Haapsalu_Metskond, lk 32
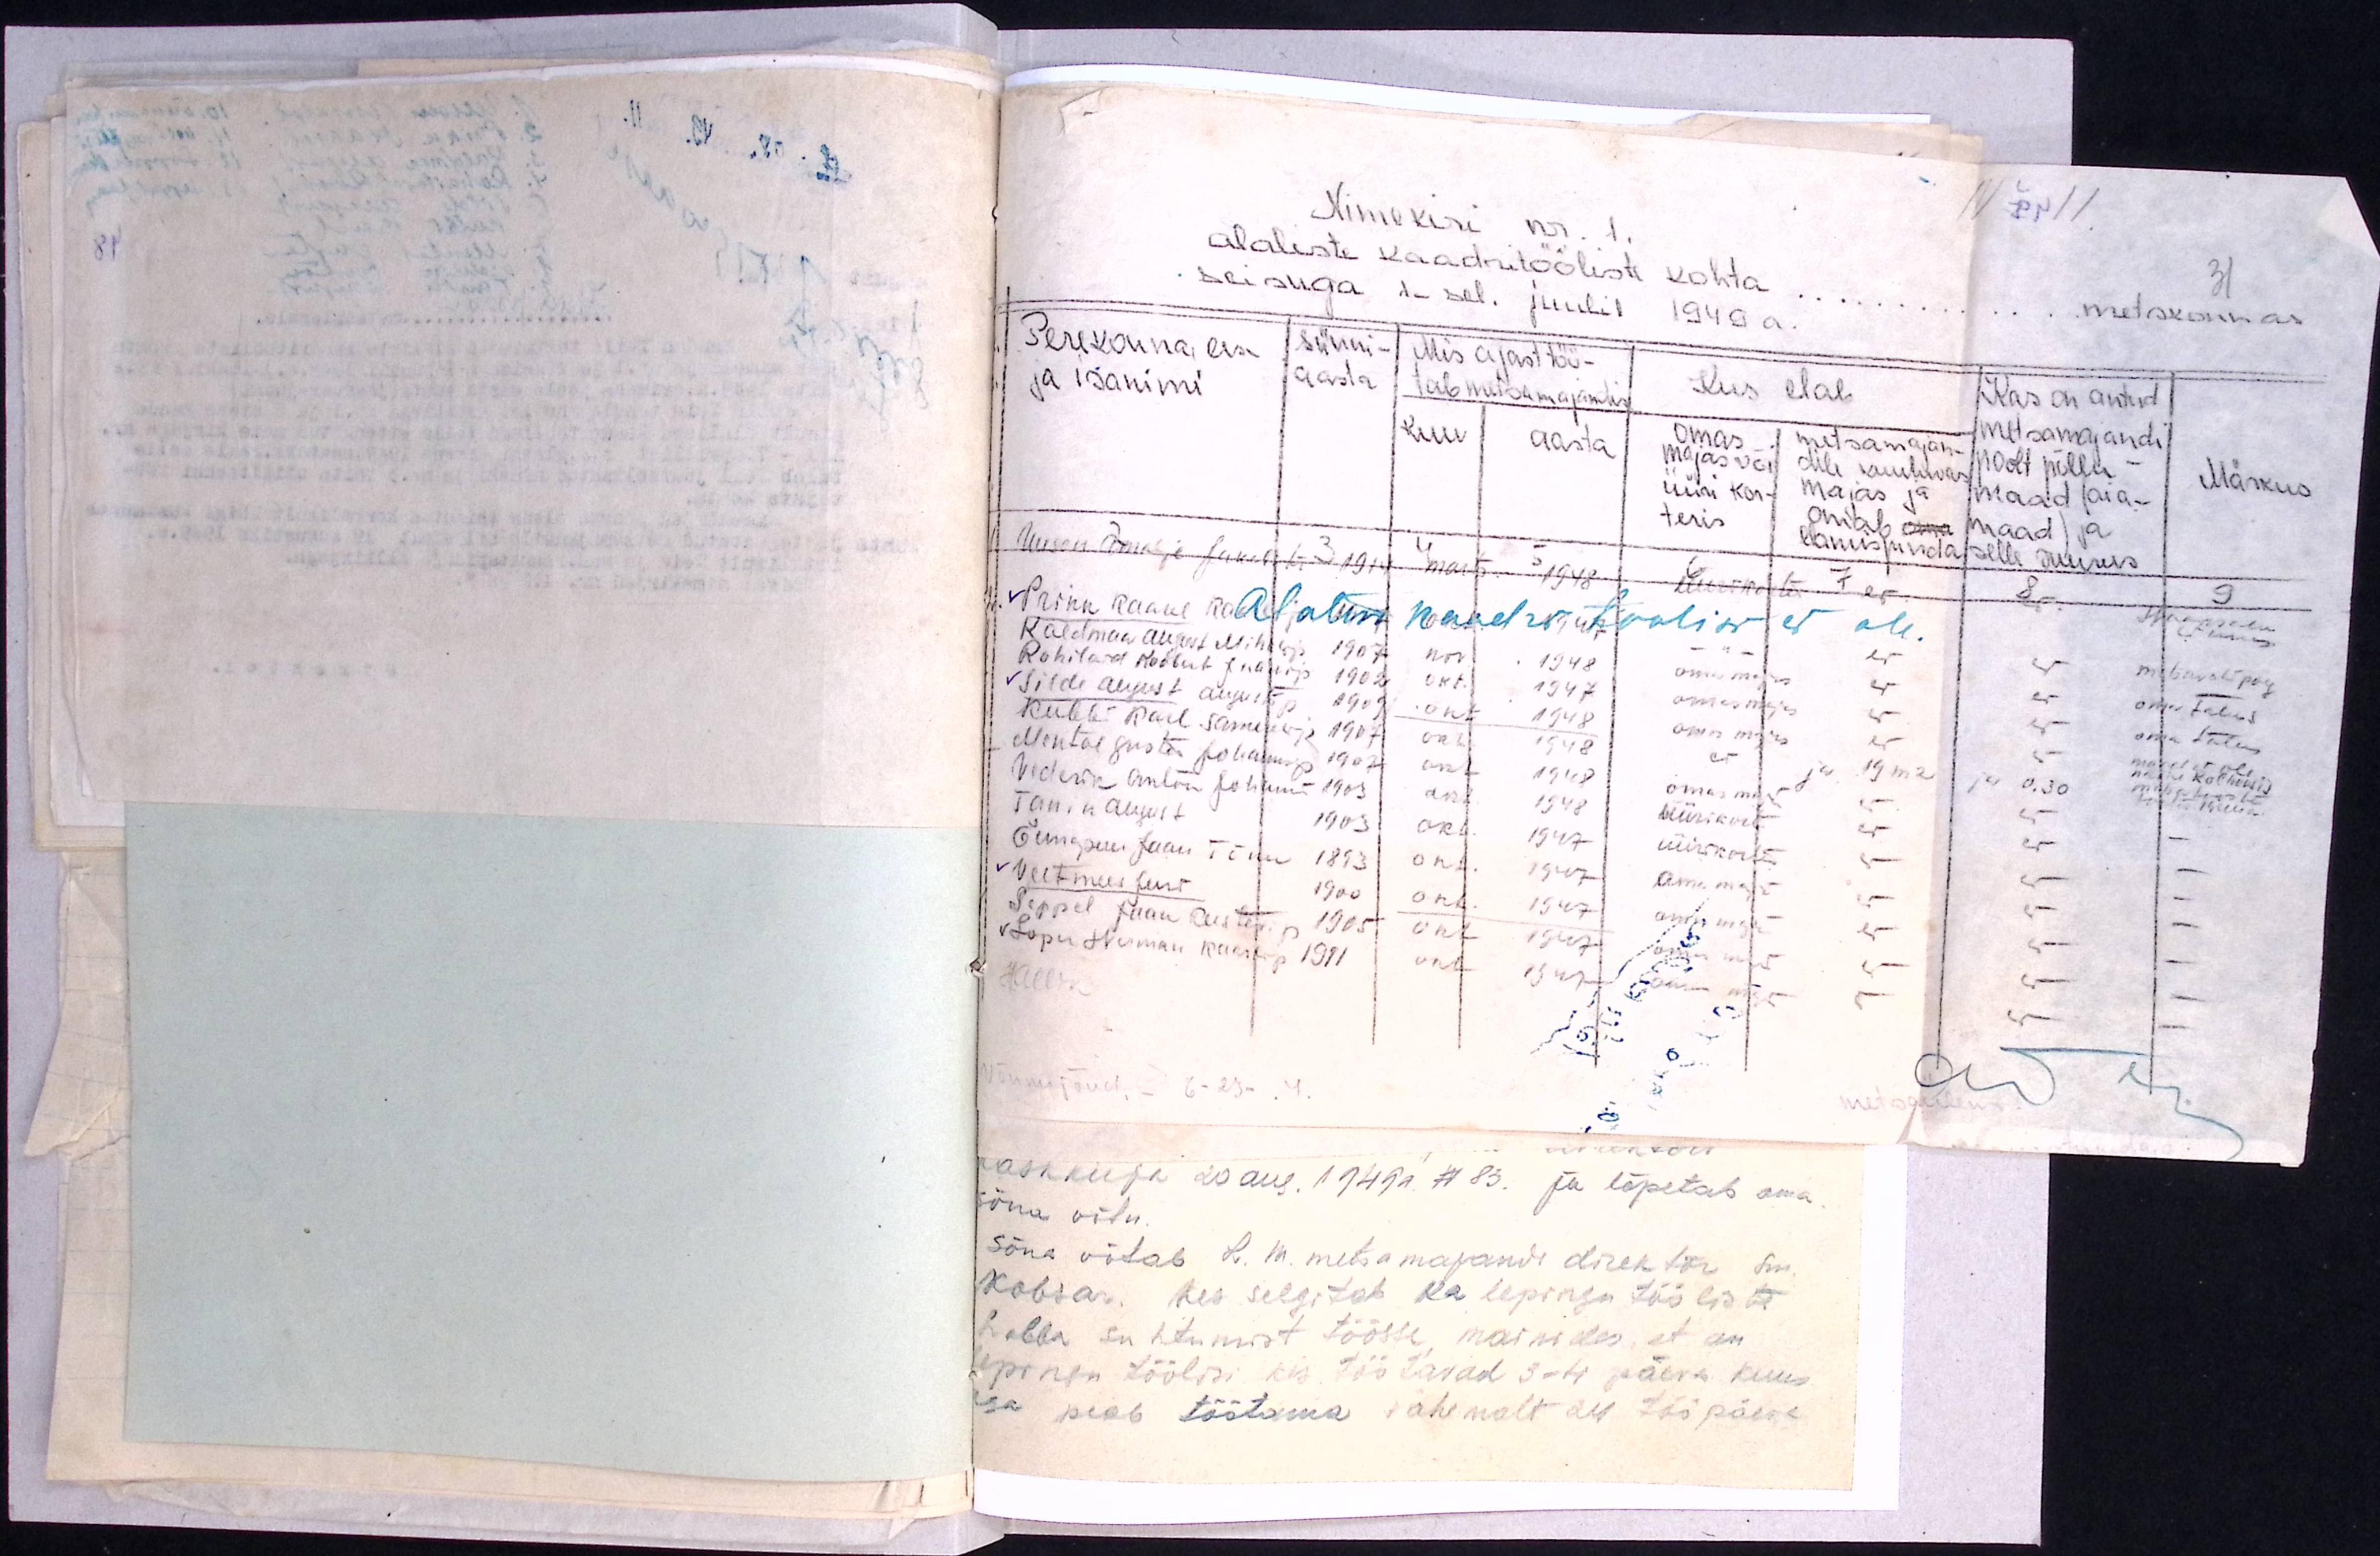
Nimekiri nr. 1
31
alaliste kaadritööliste kohta ........ metskonnas
seisuga 1-sel. juulil 1949 a.
Perekonna, ees-
ja isanimi
Sünni-
aasta
Mis ajast töö-
tab metsamajandis
kuu aasta
Kus elab
Omas
majas või
üüri kor-
teris
metsamajan-
dile kuuluvas
majas ja
omab oma
elamispinda
Kas on antud
metsamajandi
poolt põllu -
maad (aia-
maad) ja
selle suurus
Märkus
2 3 4 5 6 7 8 9
Uusen Amalje Jakob tr 1914 marts. 1948 üürikorter ei ei Haapsalu
linnas.
Alalisi kaadritöölisi ei ole.
Prikk Kaarel Kaarli p 1907 okt. 1947 -"- ei ei metsavahi poeg
Kaldmaa August Mihkli p 1907 nov. 1948 omas majas ei ei omas talus
Rohilaid Roobert Jaani p 1902 okt. 1947 omas majas ei ei oma talus
Silde August Augusti p 1909 okt. 1948 omas majas ei ei maja ei ole
maja kolhoosis
Kubbi Karl Samueli p 1907 okt. 1948 ei ja 19m2 ja 0,30 m
M
Mental Gustav Johannese p 1907 okt. 1948 omas majas ei ei -
Vederik Anton Johannes 1903 okt. 1948 üürikorter ei ei -
Tanik August 1903 okt. 1947 üürikorter ei ei -
Õunapuu Jaan Tõnu 1893 okt. 1947 oma majas ei ei -
Veltmees Jens 1900 okt. 1947 oma majas ei ei -
Seppel Jaan Gustavi p 1905 okt. 1947 oma majas ei ei -
Lopu Herman Kaarli p 1911 okt. 1947 oma majas ei ei -